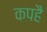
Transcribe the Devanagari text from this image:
कपहै